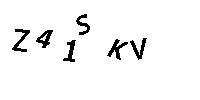
Z41SKV